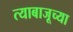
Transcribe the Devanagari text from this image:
त्याबाजूच्या